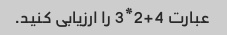
عبارت 4+2*3 را ارزیابی کنید.